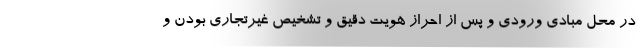
در محل مبادی ورودی و پس از احراز هویت دقیق و تشخیص غیرتجاری بودن و